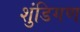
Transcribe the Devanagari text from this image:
शुंडिगण